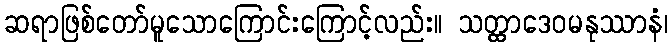
ဆရာဖြစ်တော်မူသောကြောင်းကြောင့်လည်း။ သတ္ထာဒေဝမနုဿာနံ၊